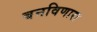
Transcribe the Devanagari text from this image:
बनविणारा